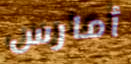
أمارس